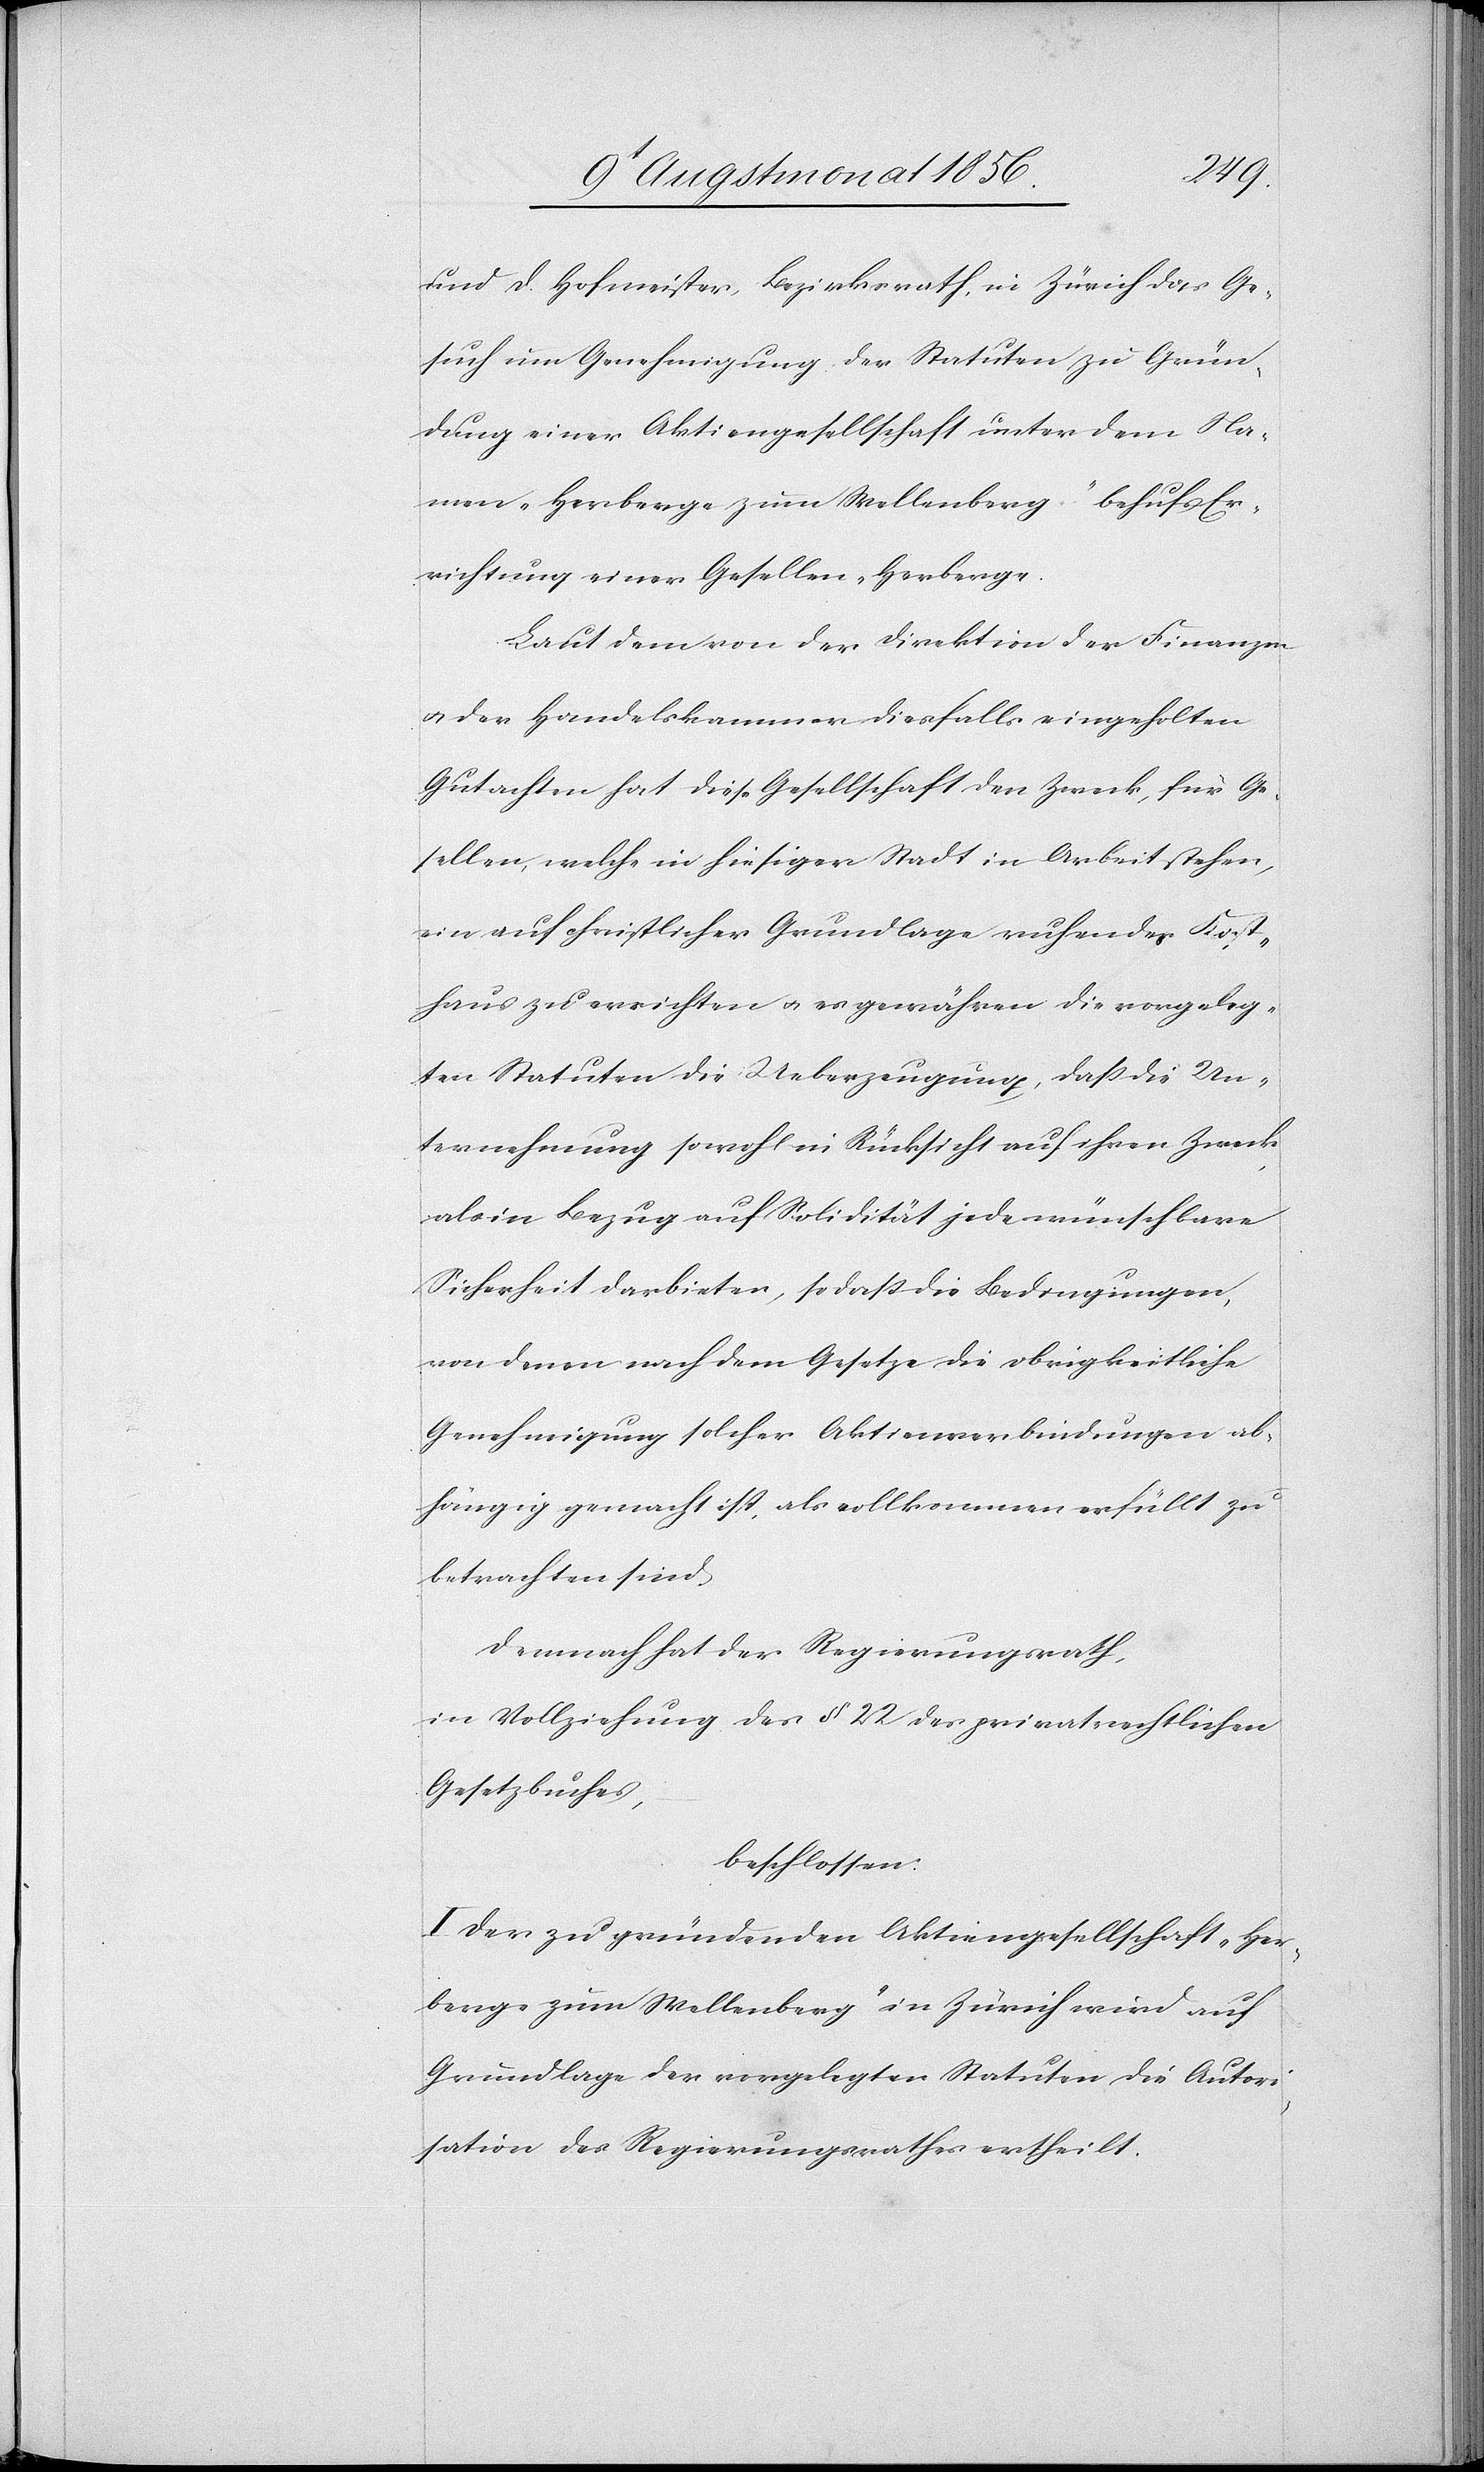
und D. Hofmeister, Bezirksrath, in Zürich das Ge¬
such um Genehmigung der Statuten zu Grün¬
dung einer Aktiengesellschaft unter dem Na¬
men "Herberge zum Wellenberg" behufs Er¬
richtung einer Gesellen-Herberge.
Laut dem von der Direktion der Finanzen
u. der Handelskammer diesfalls eingeholten
Gutachten hat diese Gesellschaft den Zweck, für Ge¬
sellen, welche in hiesiger Stadt in Arbeit stehen,
ein auf christlicher Grundlage ruhendes Kost¬
haus zu errichten u. es gewähren die vorgeleg¬
ten Statuten die Ueberzeugung, dass die Un¬
ternehmung sowohl in Rücksicht auf ihren Zweck,
als in Bezug auf Solidität jede wünschbare
Sicherheit darbieten, so dass die Bedingungen,
von denen nach dem Gesetze die obrigkeitliche
Genehmigung solcher Aktienverbindungen ab¬
hängig gemacht ist, als vollkommen erfüllt zu
betrachten sind.
Demnach hat der Regierungsrath,
in Vollziehung des § 22 des privatrechtlichen
Gesetzbuches,
beschlossen:
I.) Der zu gründenden Aktiengesellschaft "Her¬
berge zum Wellenberg" in Zürich wird auf
Grundlage der vorgelegten Statuten die Autori¬
sation des Regierungsrathes ertheilt.